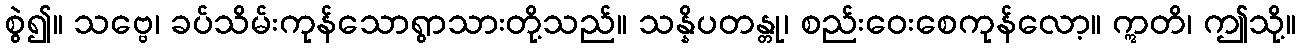
စွဲ၍။ သဗ္ဗေ၊ ခပ်သိမ်းကုန်သောရွာသားတို့သည်။ သန္နိပတန္တု၊ စည်းဝေးစေကုန်လော့။ ဣတိ၊ ဤသို့။